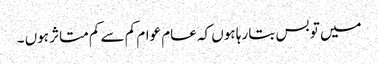
میں تو بس بتا رہا ہوں کہ عام عوام کم سے کم متاثر ہوں ۔